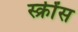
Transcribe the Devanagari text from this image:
स्क्रींस